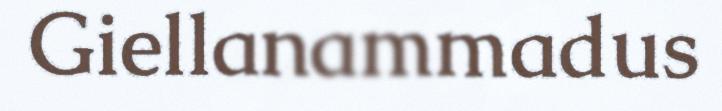
Giellanammadus